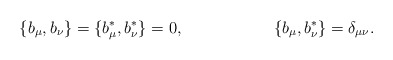
\begin{align*}\{b_\mu,b_\nu\} = \{b_\mu^*,b_\nu^*\} &= 0 , & \{b_\mu,b_\nu^*\} &= \delta_{\mu\nu} .\end{align*}